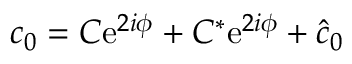
c _ { 0 } = C \mathrm { e } ^ { 2 i \phi } + C ^ { * } \mathrm { e } ^ { 2 i \phi } + \hat { c } _ { 0 }